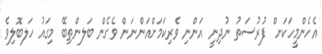
އެހެންމީހަކަށ ް ފުރުސަތު ނުދިނީ އަންނި ވެރިކަމަށްއަންނަން ވެގެން ބަލންތިބޭ މިގައު ހަލބޮލިވެ